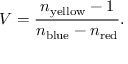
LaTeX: V = { \frac { n _ { \mathrm { y e l l o w } } - 1 } { n _ { \mathrm { b l u e } } - n _ { \mathrm { r e d } } } } .